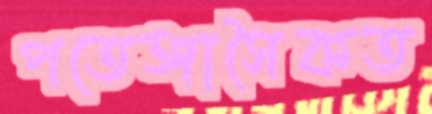
পতেঙ্গাসৈকত